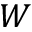
W